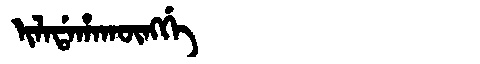
Manchu: ᡳᠯᠠᡩᠠᡥᠠᡴᡡᠩᡤᡝ
Romanization: ILADAHAKŪNGGE